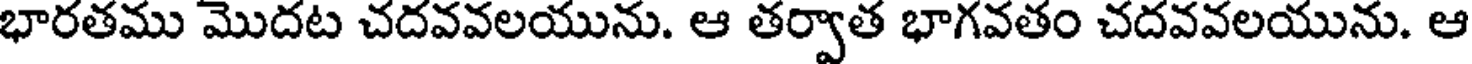
భారతము మొదట చదవవలయును. ఆ తర్వాత భాగవతం చదవవలయును. ఆ